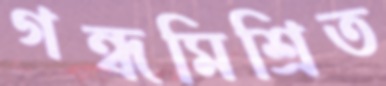
গন্ধমিশ্রিত